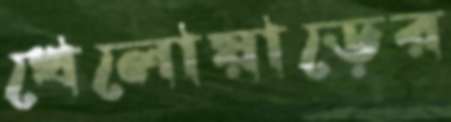
খেলোয়াড়ের